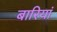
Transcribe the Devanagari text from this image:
बारियां